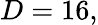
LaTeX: D=16,